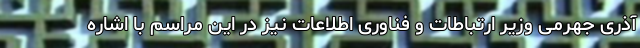
آذری جهرمی وزیر ارتباطات و فناوری اطلاعات نیز در این مراسم با اشاره